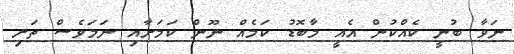
ނަވާ ބުނީ ކެއްކުން އެއީ މާބޮޑު ކަމެއް ނޫން ކަމަށާއި ނަމަވެސް ތަށި